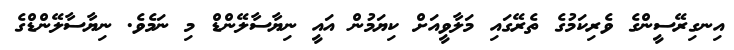
އިނގިރޭސީންގެ ވެރިކަމުގެ ތެރޭގައި މަލާވީއަށް ކިޔަމުން އައީ ނިޔާސާލޭންޑް މި ނަމެވެ. ނިޔާސާލޭންޑްގެ